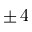
\pm \, 4